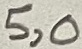
Text: 5,0